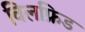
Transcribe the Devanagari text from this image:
विलफ्रिड